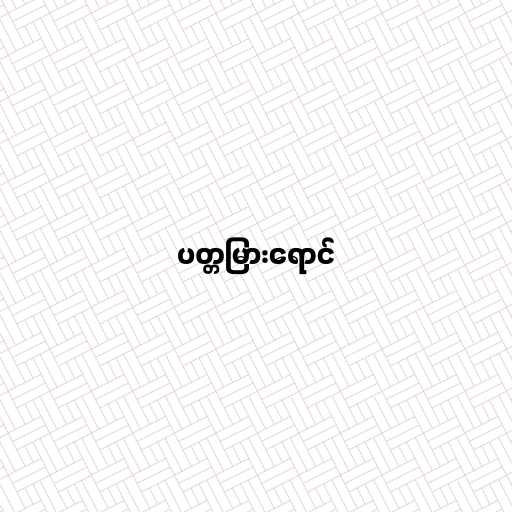
ပတ္တမြားရောင်